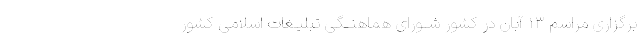
برگزاری مراسم ۱۳ آبان در کشور شــورای هماهنــگی تبلیـغات اسلامی کشور